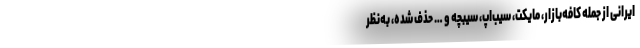
ایرانی از جمله کافه‌بازار، مایکت، سیب‌اپ، سیبچه و … حذف شده، به‌نظر